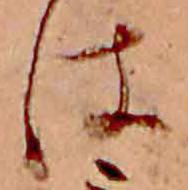
は